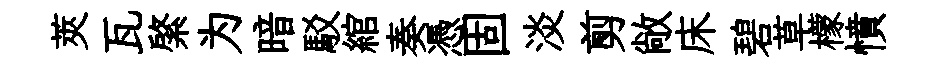
莢瓦綮为暗駁綰奏憑固淡剪敞床碧草檬憤